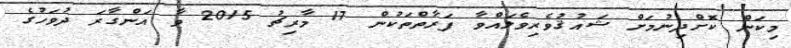
މިކަން ކޮށްދިނުމަށް ޝައުޤުވެރިވެލައްވާ ފަރާތްތަކުން 17 މާރިޗު 2015 ވާ އަންގާރަ ދުވަހުގެ